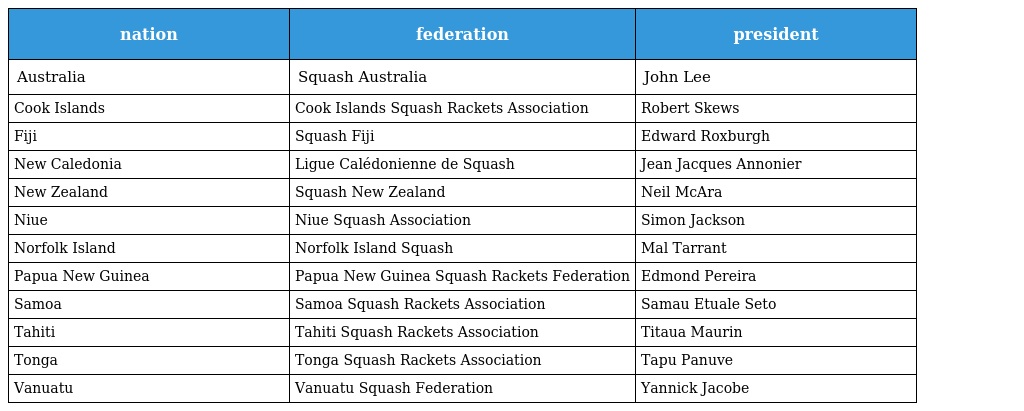
| nation | federation | president |
 | --- | --- | --- |
 | Australia | Squash Australia | John Lee |
 | Cook Islands | Cook Islands Squash Rackets Association | Robert Skews |
 | Fiji | Squash Fiji | Edward Roxburgh |
 | New Caledonia | Ligue Calédonienne de Squash | Jean Jacques Annonier |
 | New Zealand | Squash New Zealand | Neil McAra |
 | Niue | Niue Squash Association | Simon Jackson |
 | Norfolk Island | Norfolk Island Squash | Mal Tarrant |
 | Papua New Guinea | Papua New Guinea Squash Rackets Federation | Edmond Pereira |
 | Samoa | Samoa Squash Rackets Association | Samau Etuale Seto |
 | Tahiti | Tahiti Squash Rackets Association | Titaua Maurin |
 | Tonga | Tonga Squash Rackets Association | Tapu Panuve |
 | Vanuatu | Vanuatu Squash Federation | Yannick Jacobe |